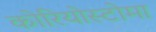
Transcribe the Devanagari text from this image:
कोरियोस्टोमा